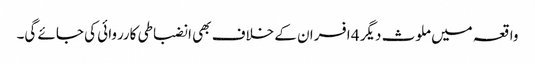
واقعہ میں ملوث دیگر 4 افسران کے خلاف بھی انضباطی کارروائی کی جائے گی۔